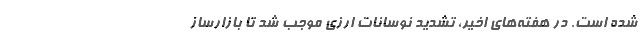
شده است. در هفته‌های اخیر، تشدید نوسانات ارزی موجب شد تا بازارساز